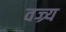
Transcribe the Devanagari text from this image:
वज्र्य